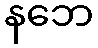
နဘေ